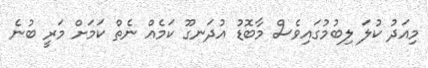
މިއަދު ކުލަ ލިބުމުގައިވެސް މާބޮޑު އުދަނގޫ ކަމެއް ނެތް ކަމަށް މަރީ ބުނެ